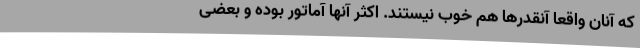
که آنان واقعاً آنقدرها هم خوب نیستند. اکثر آنها آماتور بوده و بعضی